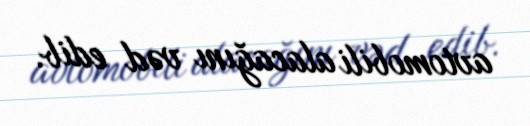
avtomobili alacağını vəd edib.